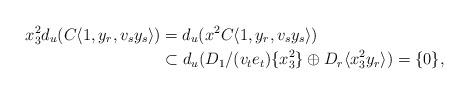
LaTeX: \begin{align*}x_3^2 d_u(C\langle 1, y_r, v_s y_s \rangle)& = d_u(x^2 C\langle 1, y_r, v_s y_s \rangle)\\&\subset d_u(D_1/(v_t e_t) \{ x_3^2 \} \oplus D_r \langle x_3^2 y_r \rangle )=\{ 0\},\end{align*}